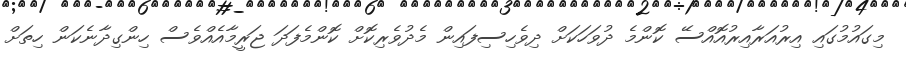
މިގައުމުގައި އިރުއަރާއިރުއޮއްސޭ ކޮންމެ ދުވަހަކަށް ދިވެހިސިފައިން މެދުވެރިކޮށް ކޮންމެފަދަ ޖަރީމާއެއްވެސް ހިންގިދާނެކަން ހިތަށް